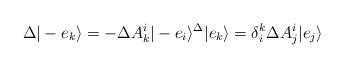
LaTeX: \begin{align*}\Delta |-e_k\rangle = -\Delta A_k^i |-e_i\rangle \sp\Delta |e_k\rangle = \delta^k_i \Delta A_j^i |e_j \rangle\end{align*}